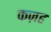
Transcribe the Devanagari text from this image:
कज़ह